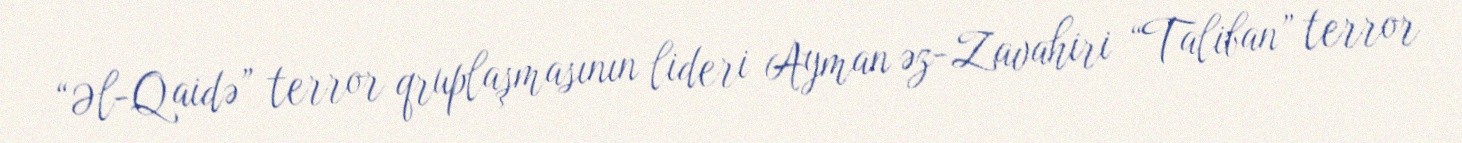
“Əl-Qaidə” terror qruplaşmasının lideri Ayman əz-Zavahiri “Taliban” terror